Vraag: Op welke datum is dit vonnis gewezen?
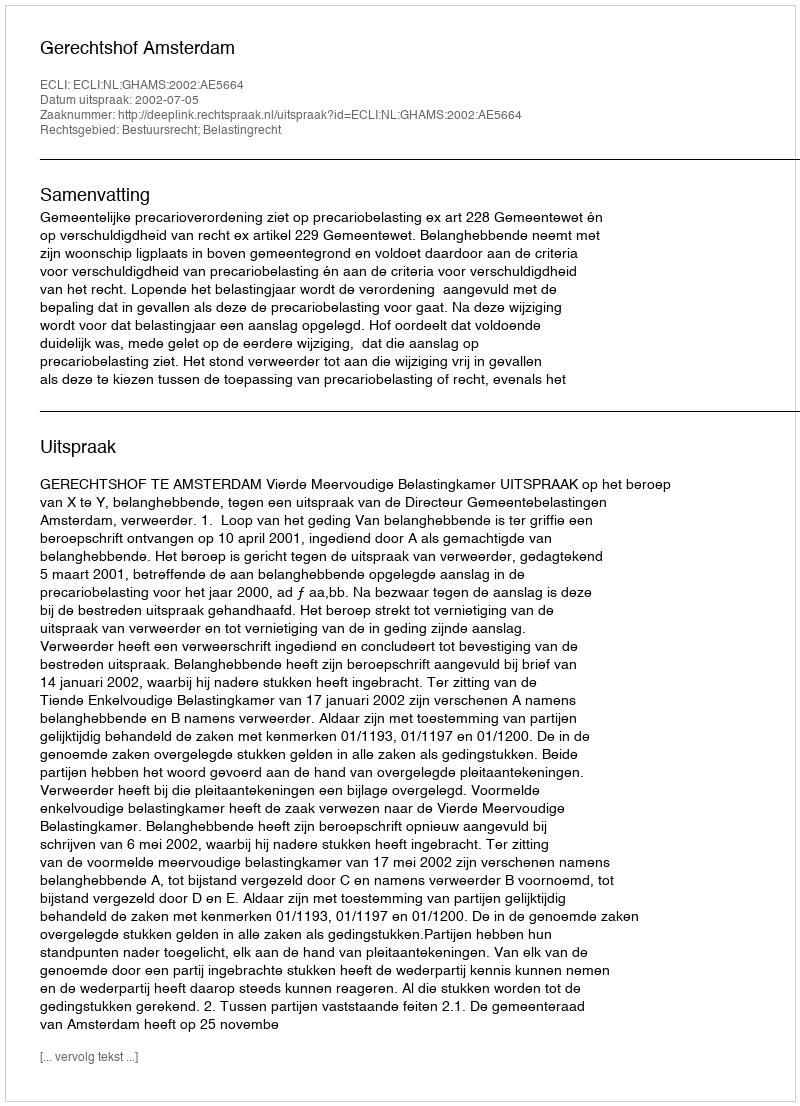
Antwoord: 2002-07-05